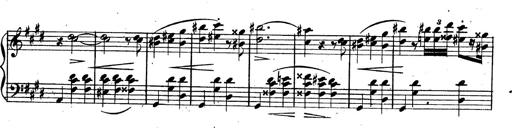
Title: 3 Caprices-Valses
Composer: Franz Liszt